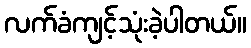
လက်ခံကျင့်သုံးခဲ့ပါတယ်။